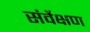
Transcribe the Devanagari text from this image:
संर्वेक्षण